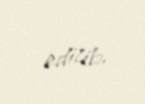
edilib.